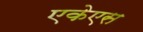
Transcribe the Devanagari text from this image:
एकेएस